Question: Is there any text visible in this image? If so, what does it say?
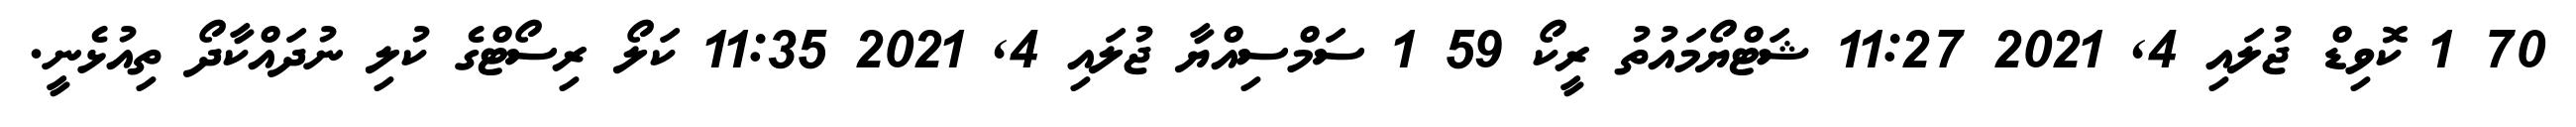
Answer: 70 1 ކޮވިޑް ޖުލައި 4, 2021 11:27 ޝަޓްޔޯމައުތު ރީކޯ 59 1 ސަމްސިއްޔާ ޖުލައި 4, 2021 11:35 ކަލޯ ރިސޯޓްގެ ކުލި ނުދައްކާދޯ ތިއުޅެނީ.